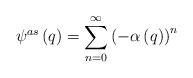
\begin{align*}\psi ^{as}\left( q\right) =\sum_{n=0}^\infty \left( -\alpha \left( q \right)\right) ^n \end{align*}